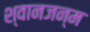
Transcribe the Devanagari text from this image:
श्वानजन्म